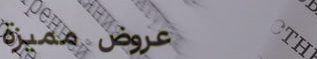
عروض مميزة